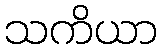
သကိယာ